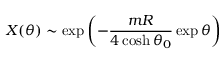
X ( \theta ) \sim \exp \left( - \frac { m R } { 4 \cosh \theta _ { 0 } } \exp \theta \right)